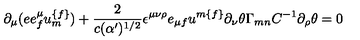
\partial _ { \mu } ( e e _ { { f } } ^ { \mu } u _ { { m } } ^ { { \{ f \} } } ) + { \frac { 2 } { c ( \alpha ^ { \prime } ) ^ { { 1 / 2 } } } } \epsilon ^ { \mu \nu \rho } e _ { \mu { f } } u ^ { { m \{ f \} } } \partial _ { \nu } \theta \Gamma _ { { m n } } C ^ { - { 1 } } \partial _ { \rho } \theta = 0